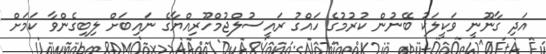
އަދި ގާނޫނީ ވަކީލަކު ބޭނުން ކުރުމުގެ ހައްގު ރައީސުލްޖުމްހޫރިއްޔާގެ ނައިބަށް ލިބިގެންވާ ކަމަށް